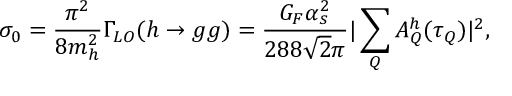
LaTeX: \sigma _ { 0 } = \frac { \pi ^ { 2 } } { 8 m _ { h } ^ { 2 } } \Gamma _ { L O } ( h \rightarrow g g ) = \frac { G _ { F } \alpha _ { s } ^ { 2 } } { 2 8 8 \sqrt { 2 } \pi } | \sum _ { Q } A _ { Q } ^ { h } ( \tau _ { Q } ) | ^ { 2 } ,